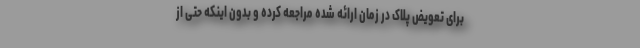
برای تعویض پلاک در زمان ارائه شده مراجعه کرده و بدون اینکه حتی از